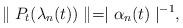
\begin{align*}\parallel P_{t}(\lambda_{n}(t))\parallel=\mid\alpha_{n}(t)\mid^{-1},\end{align*}